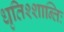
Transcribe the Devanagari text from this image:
धृतिश्शान्तिः